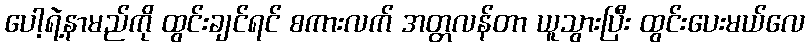
ပေါ့ရဲ့နာမည်ကို ထွင်းချင်ရင် စကားလက် အတ္တလန်တာ ယူသွားပြီး ထွင်းပေးမယ်လေ